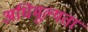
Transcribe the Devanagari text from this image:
अधिमूल्यता